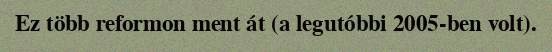
Ez több reformon ment át (a legutóbbi 2005-ben volt).